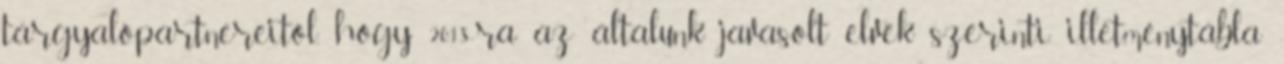
tárgyalópartnereitől, hogy 2018-ra az általunk javasolt elvek szerinti illetménytábla